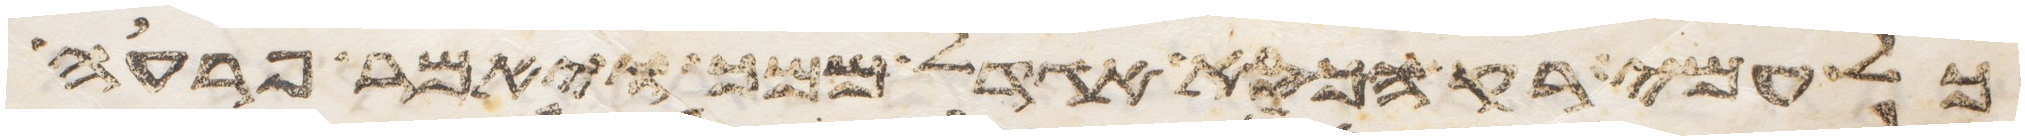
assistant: כל עמי רק הכסא אגדל ממך ויאמר פרעה